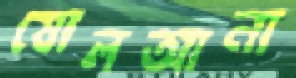
ষোলআনা